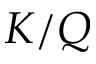
K / Q